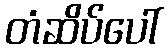
တံဆိပ်ပေါ်